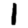
Digit: 1